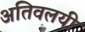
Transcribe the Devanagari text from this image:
अतिवलयी